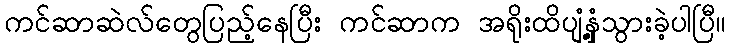
ကင်ဆာဆဲလ်တွေပြည့်နေပြီး ကင်ဆာက အရိုးထိပျံ့နှံ့သွားခဲ့ပါပြီ။